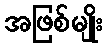
အဖြစ်မျိုး